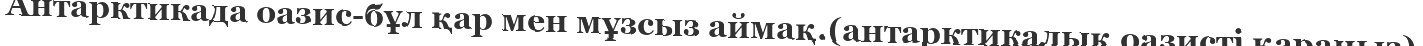
Антарктикада оазис-бұл қар мен мұзсыз аймақ.(антарктикалық оазисті қараңыз)